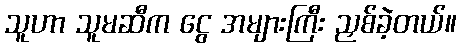
သူဟာ သူမဆီက ငွေ အများကြီး ညှစ်ခဲ့တယ်။